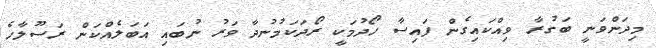
މިދަންވަނީ ބަގުރާ ވިއްކައިގެން ފައިސާ ހޯދުމަކީ ރޯދަކަމުނުދާ ވަރު ނުބައި އަބަލެއްކަން ރަސޫލާހެ